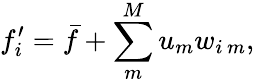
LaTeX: f_{i}^{\prime}=\bar{f}+\sum_{m}^{M}u_{m}w_{i\, m},